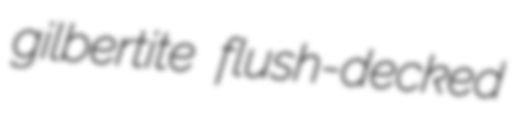
gilbertite flush-decked